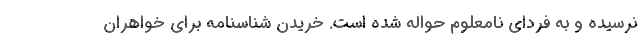
نرسيده و به فرداي نامعلوم حواله شده است. خريدن شناسنامه براي خواهران